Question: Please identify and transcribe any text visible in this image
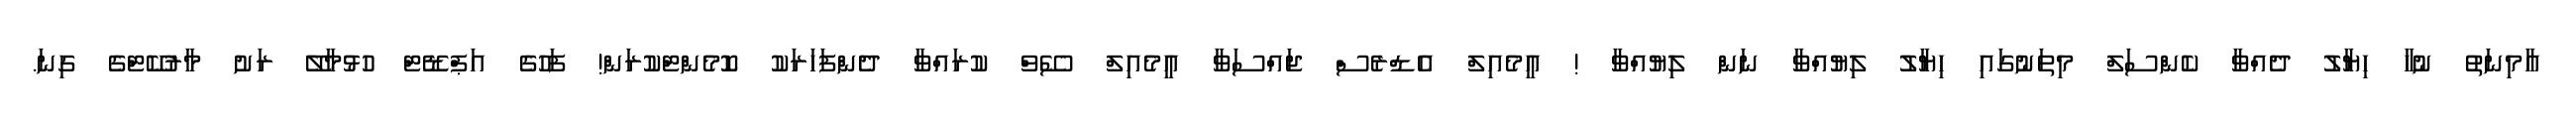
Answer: އާމިނަތު ނުހާ ހިޔާލު ދެއްވާ ކެންސަލް މިތަނުގައި ހިޔާލު ލިޔުއްވާ ނަން ލިޔުއްވާ ! އީމެއިލް އެޑްރެސް ޖައްސަވާ އީމެއިލް ސޭވް ކުރައްވާ ދެންފަހަރަކު ކޮމެންޓްކުރަން! ފަހުގެ އަޕްޑޭޓް ހުޅުމާލޭ ރަށު މާރުކޭޓްގެ ގިނަ.